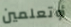
أوتعلمين